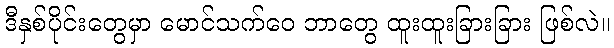
ဒီနှစ်ပိုင်းတွေမှာ မောင်သက်ဝေ ဘာတွေ ထူးထူးခြားခြား ဖြစ်လဲ။